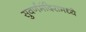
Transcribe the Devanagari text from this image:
सुवर्णमंदिरामध्ये